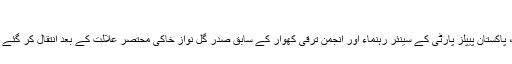
گل نواز خاکی انتقال کر گئے – پامیر ٹائمز
چترال(گل حماد فاروقی) معروف شاعر، ادیب، مقالہ نگار، پاکستان پیپلز پارٹی کے سینئر رہنماء اور انجمن ترقی کھوار کے سابق صدر گل نواز خاکی محتصر علالت کے بعد انتقال کر گئے گل نوا ز خان خاکی 77 سال کی عمر میں انتقال کر گئے۔